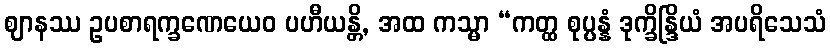
ဈာနဿ ဥပစာရက္ခဏေယေဝ ပဟီယန္တိ, အထ ကသ္မာ “ကတ္ထ စုပ္ပန္နံ ဒုက္ခိန္ဒြိယံ အပရိသေသံ